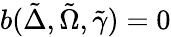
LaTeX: b(\tilde{\Delta},\tilde{\Omega},\tilde{\gamma})=0